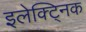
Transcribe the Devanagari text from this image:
इलेक्ट्निक